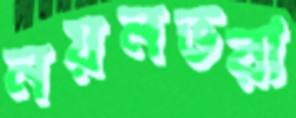
নয়নভরা